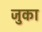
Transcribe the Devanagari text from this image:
जुका